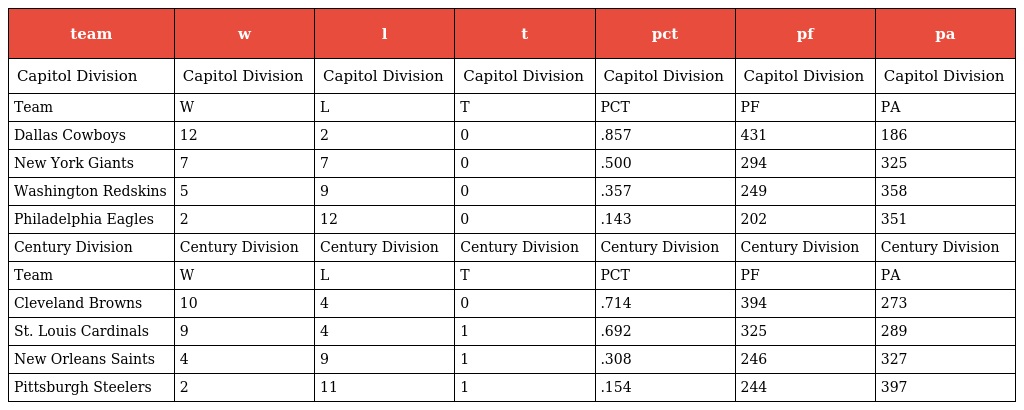
| team | w | l | t | pct | pf | pa |
 | --- | --- | --- | --- | --- | --- | --- |
 | Capitol Division | Capitol Division | Capitol Division | Capitol Division | Capitol Division | Capitol Division | Capitol Division |
 | Team | W | L | T | PCT | PF | PA |
 | Dallas Cowboys | 12 | 2 | 0 | .857 | 431 | 186 |
 | New York Giants | 7 | 7 | 0 | .500 | 294 | 325 |
 | Washington Redskins | 5 | 9 | 0 | .357 | 249 | 358 |
 | Philadelphia Eagles | 2 | 12 | 0 | .143 | 202 | 351 |
 | Century Division | Century Division | Century Division | Century Division | Century Division | Century Division | Century Division |
 | Team | W | L | T | PCT | PF | PA |
 | Cleveland Browns | 10 | 4 | 0 | .714 | 394 | 273 |
 | St. Louis Cardinals | 9 | 4 | 1 | .692 | 325 | 289 |
 | New Orleans Saints | 4 | 9 | 1 | .308 | 246 | 327 |
 | Pittsburgh Steelers | 2 | 11 | 1 | .154 | 244 | 397 |